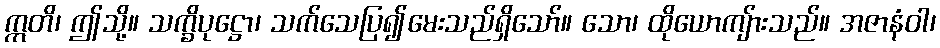
ဣတိ၊ ဤသို့။ သက္ခိပုဋ္ဌော၊ သက်သေပြ၍မေးသည်ရှိသော်။ သော၊ ထိုယောကျ်ားသည်။ အဇာနံဝါ၊